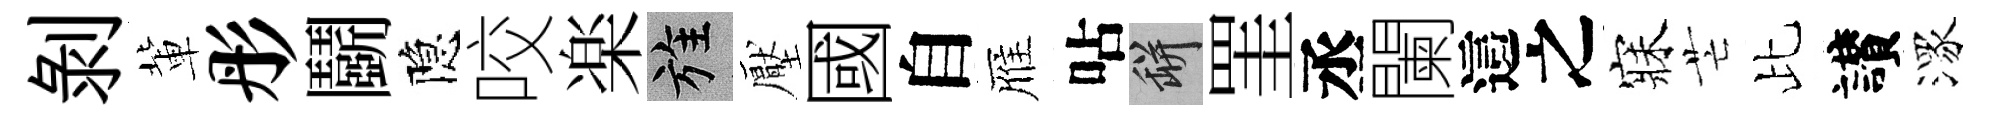
剝軰彤鬬隐咬楽旌壓國自雁呫瓶罣丞闌這之寐芒比讃潈